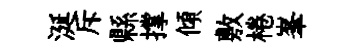
涎斥縣撑傾敷棬峯